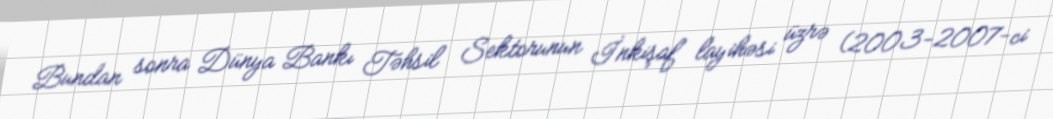
Bundan sonra Dünya Bankı Təhsil Sektorunun İnkişaf layihəsi üzrə (2003-2007-ci